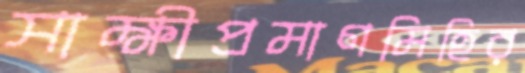
সাক্ষীপ্রমাণমিহির